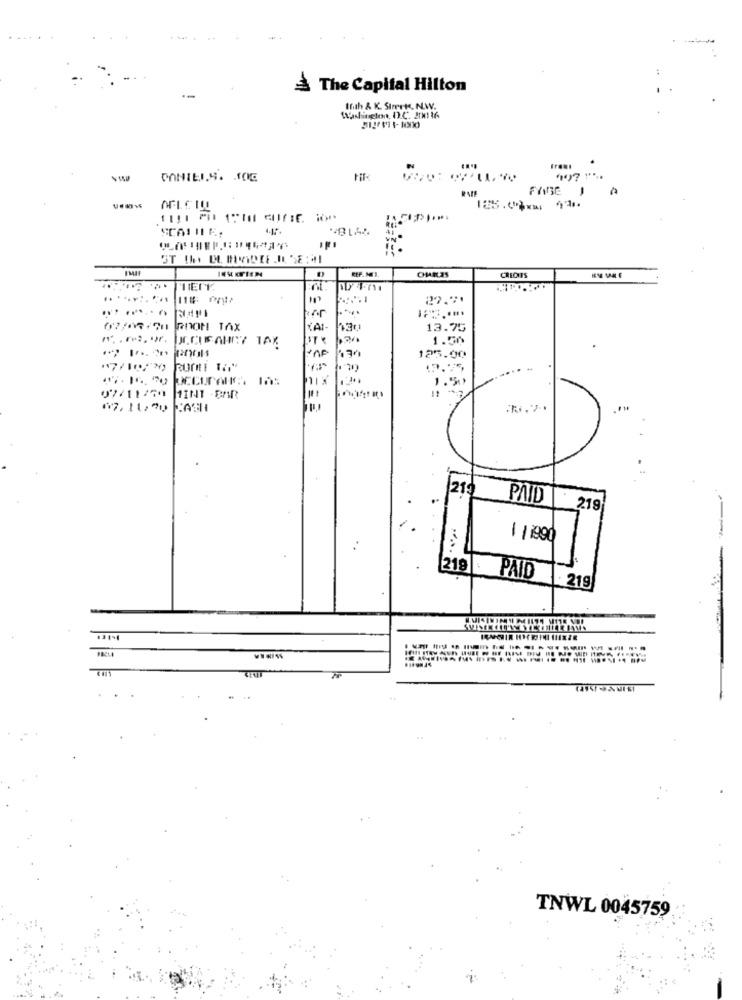
The Capital Hilton
Inth & K. Stryk, N.W.
Washington, D.C. 201 16
DONIEJ.S. 10E
4.15.
REF. MIS.
CREOITS
MIETY
27.71
POON TAX
TAI-
13.75
m.m.".
SCUSAHRY TAX
1.50
134
125.00
....
1.50
07/11750 1INT -BAR
⑈7.11:30
219
PAID
219
1 1 1990
219
PAID
. 219
TNWL 0045759